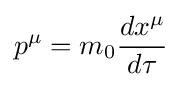
p^{\mu }=m_{0}{\frac {dx^{\mu }}{d\tau }}